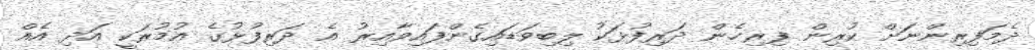
ދެމަފިރިންނަށް ކުރިން ފިރިހެން ދަރިފުޅަކު ލިބިވަޑައިގެންފައިވާއިރު އެ ދަރިފުުޅުގެ އުމުރަކީ އަދި އެއް